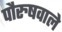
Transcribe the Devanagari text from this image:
पौरुषवाले